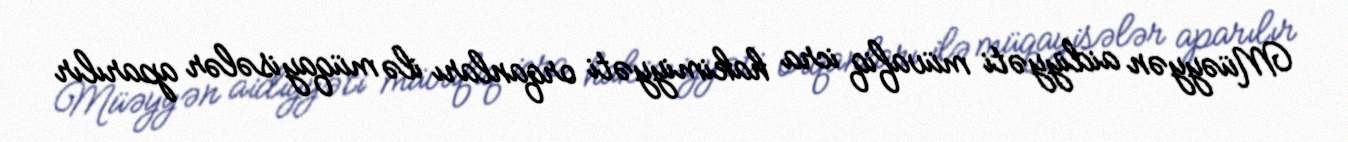
Müəyyən aidiyyəti müvafiq icra hakimiyyəti orqanları ilə müqayisələr aparılır